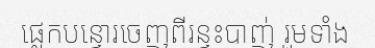
ផ្លេកបន្ទោរចេញពីរន្ទះបាញ់ រួមទាំង